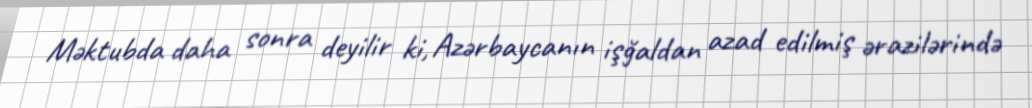
Məktubda daha sonra deyilir ki, Azərbaycanın işğaldan azad edilmiş ərazilərində